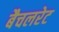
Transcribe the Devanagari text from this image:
बैचलरेट